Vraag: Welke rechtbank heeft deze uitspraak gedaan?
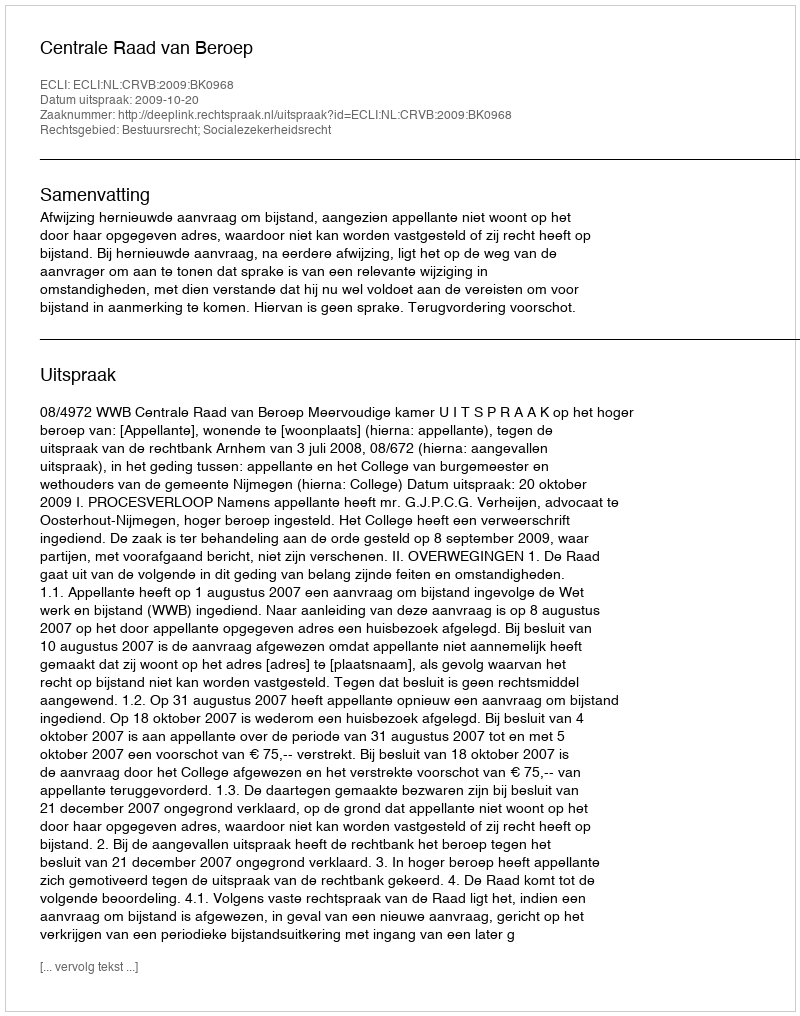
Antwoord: Centrale Raad van Beroep